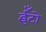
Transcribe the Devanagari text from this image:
ईँटो